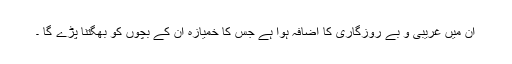
ان میں غریبی و بے روزگاری کا اضافہ ہوا ہے جس کا خمیازہ ان کے بچوں کو بھگتنا پڑے گا ۔